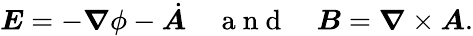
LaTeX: \boldsymbol E=-\boldsymbol\nabla\phi-\dot{\boldsymbol A}\quad\mathrm{~a~n~d~}\quad\boldsymbol B=\boldsymbol\nabla\times\boldsymbol A.